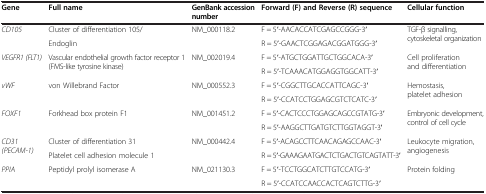
| Gene | Full name | GenBank accession number | Forward (F) and Reverse (R) sequence | Cellular function |
 | --- | --- | --- | --- | --- |
 | <ROWSPAN=2> CD105 | Cluster of differentiation 105/ | <ROWSPAN=2> NM_000118.2 | F = 5′-AACACCATCGAGCCGGG-3′ | <ROWSPAN=2> TGF-β signalling, cytoskeletal organization |
 | Endoglin | R = 5′-GAACTCGGAGACGGATGGG-3′ |
 | <ROWSPAN=2> VEGFR1 (FLT1) | <ROWSPAN=2> Vascular endothelial growth factor receptor 1 (FMS-like tyrosine kinase) | <ROWSPAN=2> NM_002019.4 | F = 5′-ATGCTGGATTGCTGGCACA-3′ | <ROWSPAN=2> Cell proliferation and differentiation |
 | R = 5′-TCAAACATGGAGGTGGCATT-3′ |
 | <ROWSPAN=2> vWF | <ROWSPAN=2> von Willebrand Factor | <ROWSPAN=2> NM_000552.3 | F = 5′-CGGCTTGCACCATTCAGC-3′ | <ROWSPAN=2> Hemostasis, platelet adhesion |
 | R = 5′-CCATCCTGGAGCGTCTCATC-3′ |
 | <ROWSPAN=2> FOXF1 | <ROWSPAN=2> Forkhead box protein F1 | <ROWSPAN=2> NM_001451.2 | F = 5′-CACTCCCTGGAGCAGCCGTATG-3′ | <ROWSPAN=2> Embryonic development, control of cell cycle |
 | R = 5′-AAGGCTTGATGTCTTGGTAGGT-3′ |
 | <ROWSPAN=2> CD31 (PECAM-1) | Cluster of differentiation 31 | <ROWSPAN=2> NM_000442.4 | F = 5′-ACAGCCTTCAACAGAGCCAAC-3′ | <ROWSPAN=2> Leukocyte migration, angiogenesis |
 | Platelet cell adhesion molecule 1 | R = 5′-GAAAGAATGACTCTGACTGTCAGTATT-3′ |
 | <ROWSPAN=2> PPIA | <ROWSPAN=2> Peptidyl prolyl isomerase A | <ROWSPAN=2> NM_021130.3 | F = 5′-TCCTGGCATCTTGTCCATG-3′ | <ROWSPAN=2> Protein folding |
 | R = 5′-CCATCCAACCACTCAGTCTTG-3′ |